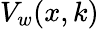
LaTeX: V_{w}(x,k)